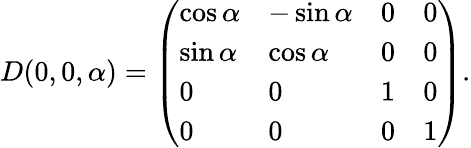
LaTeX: D(0,0,\alpha)=\left(\begin{array}{llll}{{\cos\alpha}}&{{-\sin\alpha}}&{{0}}&{{0}}\\ {{\sin\alpha}}&{{\cos\alpha}}&{{0}}&{{0}}\\ {{0}}&{{0}}&{{1}}&{{0}}\\ {{0}}&{{0}}&{{0}}&{{1}}\end{array}\right).